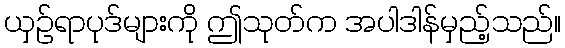
ယှဉ်ရာပုဒ်များကို ဤသုတ်က အပါဒါန်မှည့်သည်။